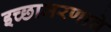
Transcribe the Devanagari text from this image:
इच्छामरणाचे